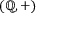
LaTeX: ( \mathbb { Q } , + )